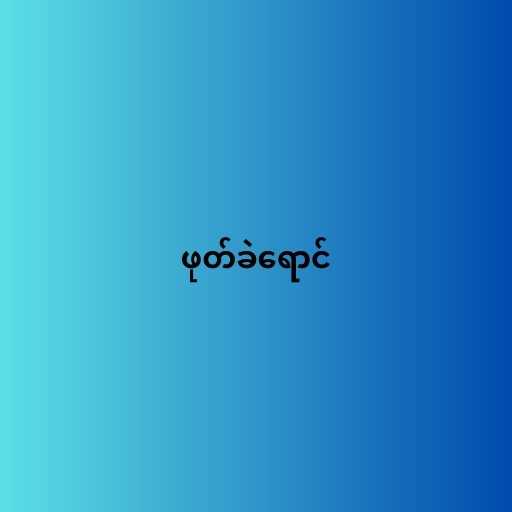
ဖုတ်ခဲရောင်